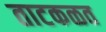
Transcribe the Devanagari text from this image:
ताटकळत